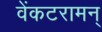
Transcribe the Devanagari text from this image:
वेंकटरामन्